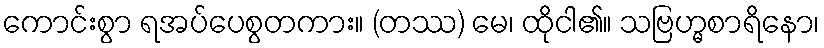
ကောင်းစွာ ရအပ်ပေစွတကား။ (တဿ) မေ၊ ထိုငါ၏။ သဗြဟ္မစာရိနော၊